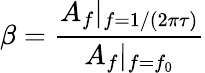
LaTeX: \beta=\frac{A_{f}|_{f=1/(2\pi\tau)}}{A_{f}|_{f=f_{0}}}